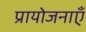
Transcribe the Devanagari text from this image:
प्रायोजनाएँ